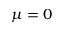
\mu = 0